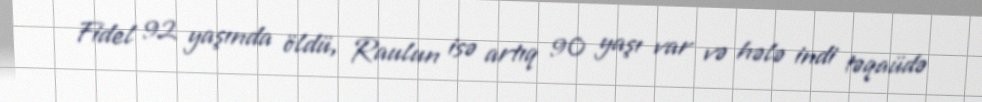
Fidel 92 yaşında öldü, Raulun isə artıq 90 yaşı var və hələ indi təqaüdə